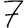
Digit: 7